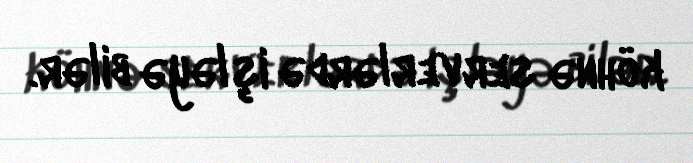
köhnə serverlərdə işləyə bilər.